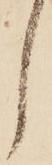
し